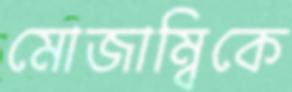
মোজাম্বিকে